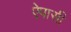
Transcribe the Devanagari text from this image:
ऐपासी